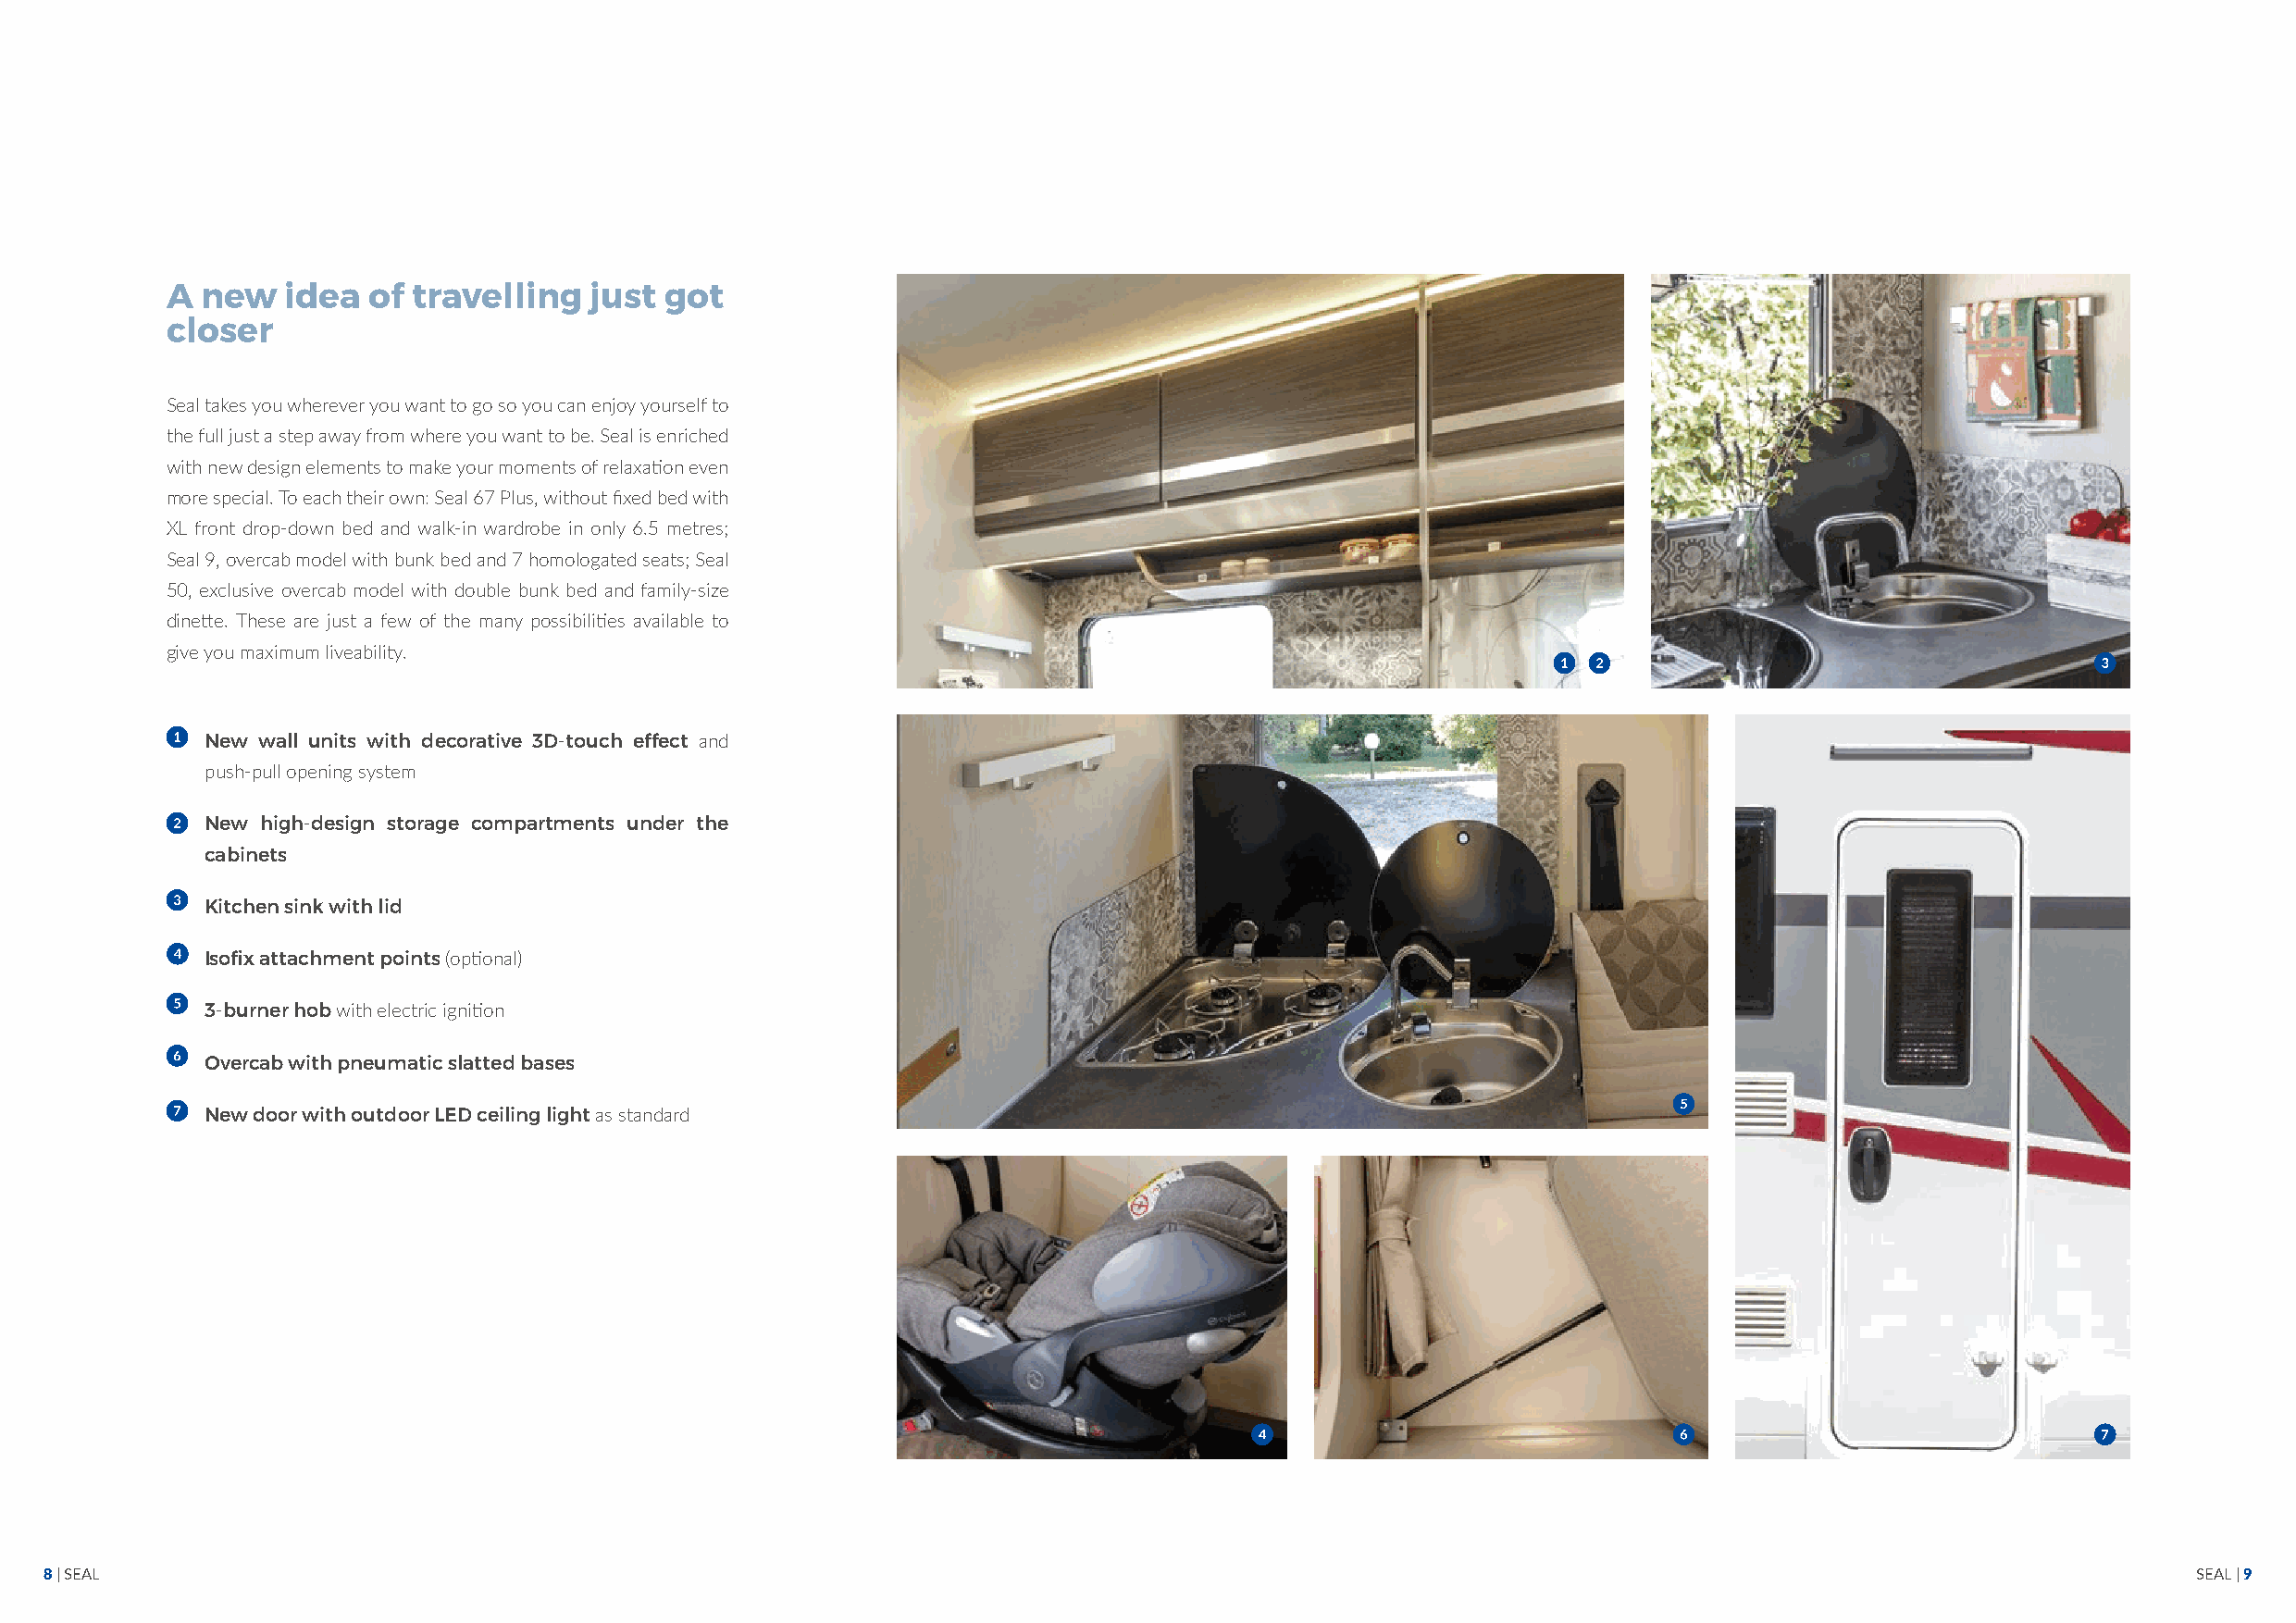
A new   idea  of travelling   just  got
 closer
 Seal takes you wherever you want to go so you can enjoy yourself to
 the full just a step away from where you want to be. Seal is enriched
 with new design elements to make your moments of relaxation even
 more special. To each their own: Seal 67 Plus, without fixed bed with
 XL front drop-down bed and walk-in wardrobe in only 6.5 metres;
 Seal 9, overcab model with bunk bed and 7 homologated seats; Seal
 50, exclusive overcab model with double bunk bed and family-size
 dinette. These are just a few of the many possibilities available to
 give you maximum liveability.
 New wall units with decorative 3D-touch effect and
 push-pull opening system
 New high-design storage compartments under the
 cabinets
 Kitchen sink with lid
 Isofix attachment points (optional)
 3-burner hob with electric ignition
 Overcab with pneumatic slatted bases
 New door with outdoor LED ceiling light as standard
 8 | SEAL                                                                                                                                                  SEAL | 9